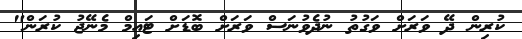
ކުރިން ދޭ ވަރަށް ވަގުތު ނުދެވުނަސް ވަރަށް ބޮޑަށް ޓައިމް މެނޭޖު ކުރަން"